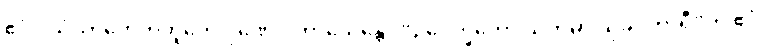
ဧဝံ ပသံသာဟေတုဘူတေ ဂုဏေ ပကာသေန္တော “ဥပေက္ခကော သတိမာ သုခဝိဟာရီ”တိ ဧဝံ